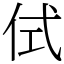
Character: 侙